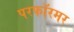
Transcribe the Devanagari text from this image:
परफॉरमर